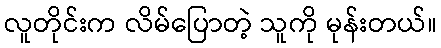
လူတိုင်းက လိမ်ပြောတဲ့ သူကို မုန်းတယ်။